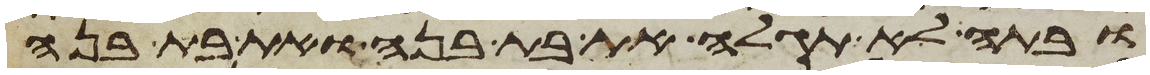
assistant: ובתה לא תגלה את בת בנה ואת בת בתה